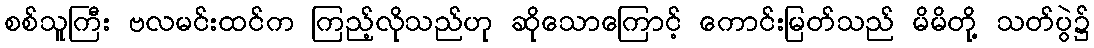
စစ်သူကြီး ဗလမင်းထင်က ကြည့်လိုသည်ဟု ဆိုသောကြောင့် ကောင်းမြတ်သည် မိမိတို့ သတ်ပွဲ၌